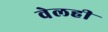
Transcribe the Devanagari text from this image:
वेलही